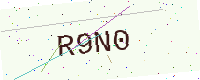
Text: R9N0